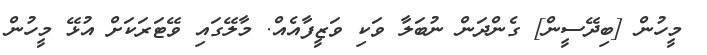
މީހުން [ބިދޭސީން] ގެންދަން ނުބަލާ ވަކި ވަޒީފާއެއް. މާލޭގައި ވޭޓަރަކަށް އުޅޭ މީހުން